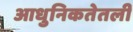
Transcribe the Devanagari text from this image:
आधुनिकतेतली